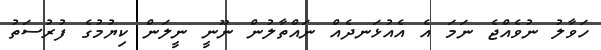
ހަވާލު ނުވެއްޖެ ނަމަ އެ އެއުޅަނދެއް ނައްތާލުން ނޫނީ ނީލަން ކިޔުމުގެ ފުރުސަތު